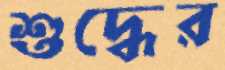
শুদ্ধের